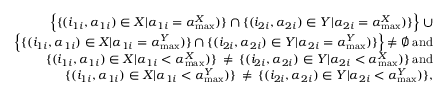
\begin{array} { r } { \Bigl \{ \{ ( i _ { 1 i } , \alpha _ { 1 i } ) \in X | \alpha _ { 1 i } = \alpha _ { \operatorname* { m a x } } ^ { X } ) \} \cap \{ ( i _ { 2 i } , \alpha _ { 2 i } ) \in Y | \alpha _ { 2 i } = \alpha _ { \operatorname* { m a x } } ^ { X } ) \} \Bigl \} \: \cup } \\ { \Bigl \{ \{ ( i _ { 1 i } , \alpha _ { 1 i } ) \in X | \alpha _ { 1 i } = \alpha _ { \operatorname* { m a x } } ^ { Y } ) \} \cap \{ ( i _ { 2 i } , \alpha _ { 2 i } ) \in Y | \alpha _ { 2 i } = \alpha _ { \operatorname* { m a x } } ^ { Y } ) \} \Bigl \} \: \neq \emptyset \: \mathrm { a n d } } \\ { \{ ( i _ { 1 i } , \alpha _ { 1 i } ) \in X | \alpha _ { 1 i } < \alpha _ { \operatorname* { m a x } } ^ { X } ) \} \: \neq \: \{ ( i _ { 2 i } , \alpha _ { 2 i } ) \in Y | \alpha _ { 2 i } < \alpha _ { \operatorname* { m a x } } ^ { X } ) \} \: \mathrm { a n d } } \\ { \{ ( i _ { 1 i } , \alpha _ { 1 i } ) \in X | \alpha _ { 1 i } < \alpha _ { \operatorname* { m a x } } ^ { Y } ) \} \: \neq \: \{ ( i _ { 2 i } , \alpha _ { 2 i } ) \in Y | \alpha _ { 2 i } < \alpha _ { \operatorname* { m a x } } ^ { Y } ) \} , } \end{array}